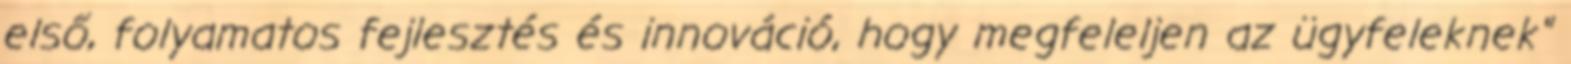
első, folyamatos fejlesztés és innováció, hogy megfeleljen az ügyfeleknek"